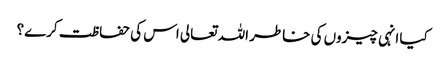
کیا انہی چیزوں کی خاطر اللہ تعالی اس کی حفاظت کرے؟